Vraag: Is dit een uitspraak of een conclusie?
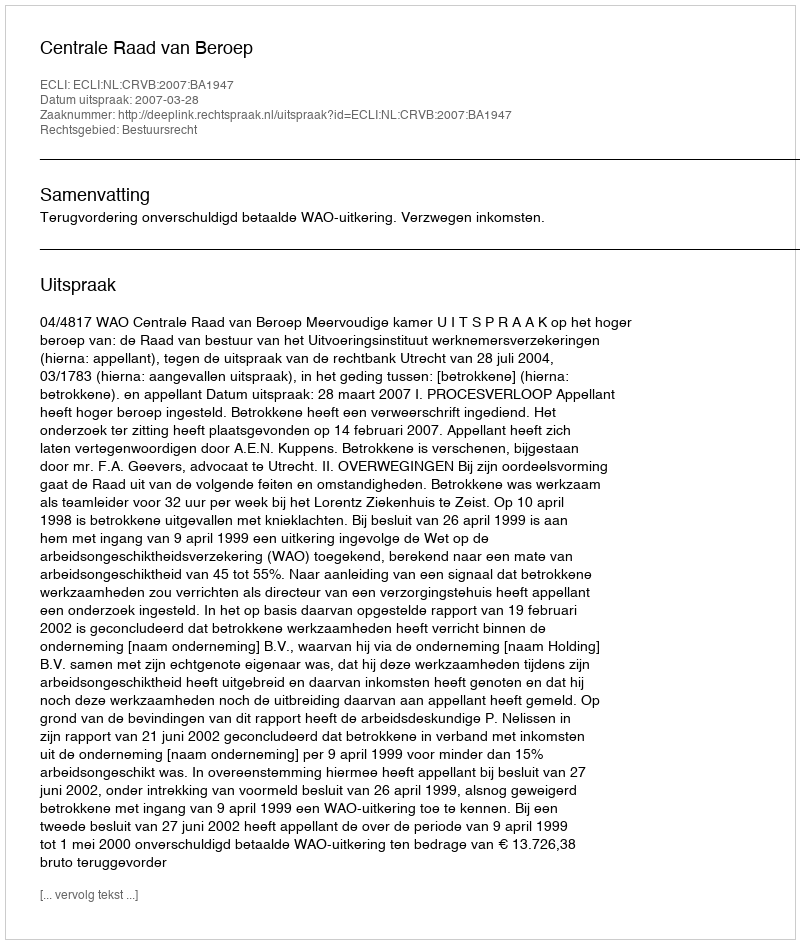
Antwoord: Uitspraak